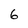
Character: 6